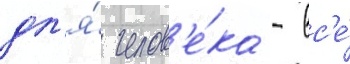
дл'я́ челов'е́ка - вс'е́